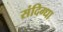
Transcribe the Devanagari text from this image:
संदिग्धा